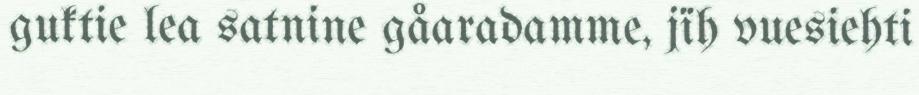
guktie lea satnine gåaradamme, jïh vuesiehti